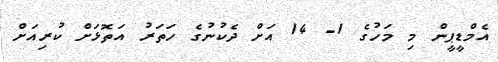
އެމްޑީޕީން މި މަހުގެ 1- 14 އަށް ދެކުނުގެ ހަތަރު އަތޮޅަށް ކުރިއަށް